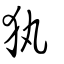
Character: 𤜾